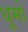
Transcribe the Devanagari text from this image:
धूमो